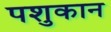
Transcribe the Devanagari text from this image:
पशुकान